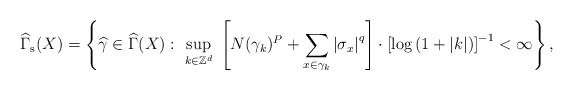
\begin{align*}\widehat{\Gamma }_{\mathrm{s}}(X)=\left\{ \widehat{\gamma }\in \widehat{\Gamma }(X):\ \sup_{k\in \mathbb{Z}^{d}}\ \left[ N(\gamma_{k})^{P}+ \sum_{x\in \gamma _{k}}\left\vert \sigma _{x}\right\vert^{q}\right] \cdot \left[ \log \left( 1+|k|\right) \right] ^{-1}<\infty\right\} , \end{align*}